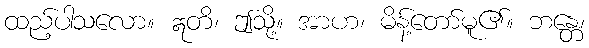
ထည့်ပါသလော။ ဣတိ၊ ဤသို့။ အာဟ၊ မိန့်တော်မူ၏။ ဘန္တေ၊